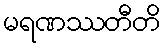
မရဏဿတီတိ